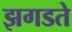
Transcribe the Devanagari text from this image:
झगडते